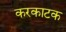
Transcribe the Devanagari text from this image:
करकाटक